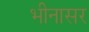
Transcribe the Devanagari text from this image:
भीनासर